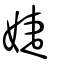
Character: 婕